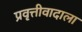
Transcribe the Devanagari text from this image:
प्रवृत्तीवादाला